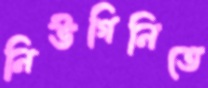
নিউগিনিতে